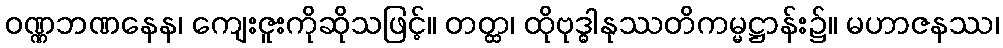
ဝဏ္ဏဘဏနေန၊ ကျေးဇူးကိုဆိုသဖြင့်။ တတ္ထ၊ ထိုဗုဒ္ဓါနုဿတိကမ္မဋ္ဌာန်း၌။ မဟာဇနဿ၊